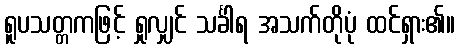
ရူပသတ္တကဖြင့် ရှုလျှင် သင်္ခါရ အသက်တိုပုံ ထင်ရှား၏။